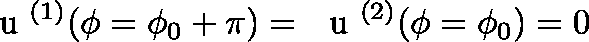
{ \mathrm { ~ \boldmath ~ u ~ } } ^ { ( 1 ) } ( \phi = \phi _ { 0 } + \pi ) = { \mathrm { ~ \boldmath ~ u ~ } } ^ { ( 2 ) } ( \phi = \phi _ { 0 } ) = 0